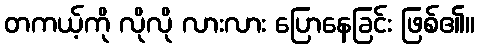
တကယ့်ကို လိုလို လားလား ပြောနေခြင်း ဖြစ်၏။